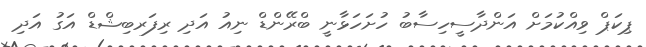
ޕިކަޕް ވިއްކުމަށް އަންދާސީހިސާބު ހުށަހަޅާނީ ބްރޭންޑް ނިއު އަދި ރިފަރބިޝްޑް އަގު އަދި